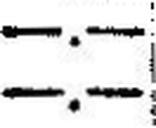
—.—